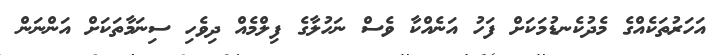
އަހަރުތަކެއްގެ މެދުކެނޑުމަކަށް ފަހު އަނެއްކާ ވެސް ނަހުލާގެ ފިލްމެއް ދިވެހި ސިނަމާތަކަށް އަންނަން